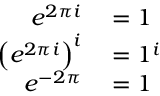
\begin{array} { r l } { e ^ { 2 \pi i } } & { { } = 1 } \\ { \left( e ^ { 2 \pi i } \right) ^ { i } } & { { } = 1 ^ { i } } \\ { e ^ { - 2 \pi } } & { { } = 1 } \end{array}